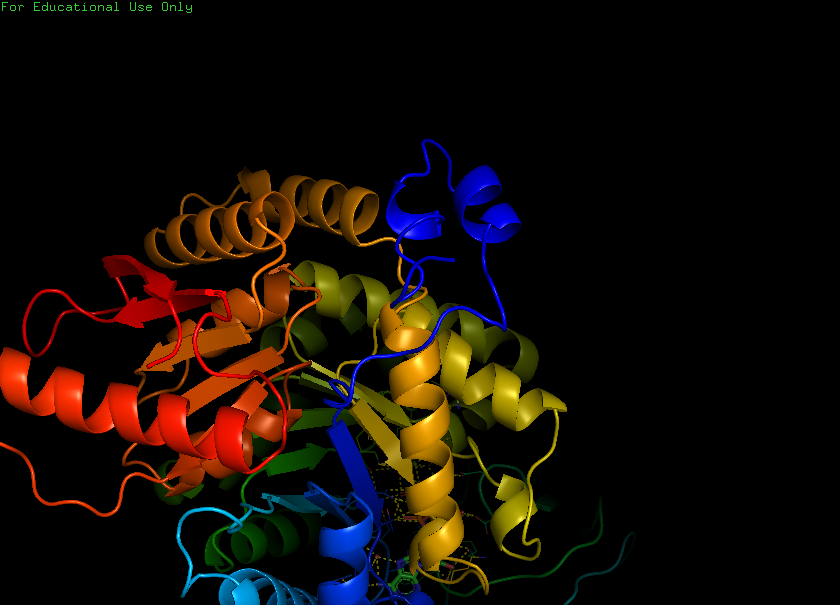
pymol, preset, ligand_cartoon